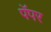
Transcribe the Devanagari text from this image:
पॅपर